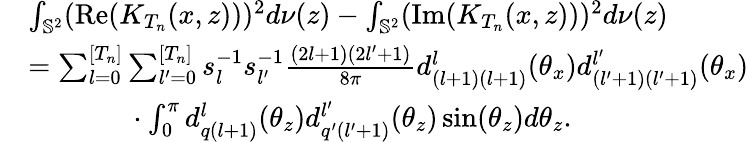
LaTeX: \begin{array}{rl}&{\int_{\mathbb{S}^{2}}(\mathrm{Re}(K_{T_{n}}(x,z)))^{2}d\nu(z)-\int_{\mathbb{S}^{2}}(\mathrm{Im}(K_{T_{n}}(x,z)))^{2}d\nu(z)}\\ &{=\sum_{l=0}^{[T_{n}]}\sum_{l^{\prime}=0}^{[T_{n}]}s_{l}^{-1}s_{l^{\prime}}^{-1}\frac{(2l+1)(2l^{\prime}+1)}{8\pi}d_{(l+1)(l+1)}^{l}(\theta_{x})d_{(l^{\prime}+1)(l^{\prime}+1)}^{l^{\prime}}(\theta_{x})}\\ &{~~~~~~~~~~~~~~\cdot\int_{0}^{\pi}d_{q(l+1)}^{l}(\theta_{z})d_{q^{\prime}(l^{\prime}+1)}^{l^{\prime}}(\theta_{z})\sin(\theta_{z})d\theta_{z}.}\end{array}